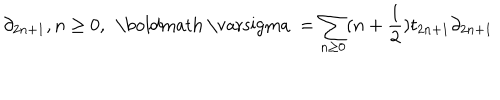
\partial _ { 2 n + 1 } , n \geq 0 , \, \; \mathrm { \boldmath ~ \ v a r s i g m a ~ } = \sum _ { n \geq 0 } ( n + \frac { 1 } { 2 } ) t _ { 2 n + 1 } \partial _ { 2 n + 1 }